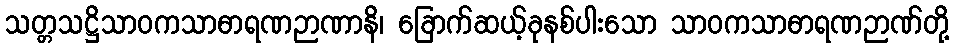
သတ္တသဋ္ဌိသာဝကသာဓာရဏဉာဏာနိ၊ ခြောက်ဆယ့်ခုနစ်ပါးသော သာဝကသာဓာရဏဉာဏ်တို့